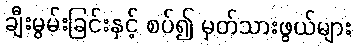
ချီးမွမ်းခြင်းနှင့် စပ်၍ မှတ်သားဖွယ်များ